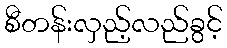
စီတန်းလှည့်လည်ခွင့်